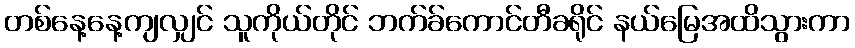
တစ်နေ့နေ့ကျလျှင် သူကိုယ်တိုင် ဘက်ခ်ကောင်တီခရိုင် နယ်မြေအထိသွားကာ